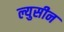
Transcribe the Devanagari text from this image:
ल्युसीन